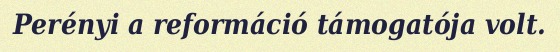
Perényi a reformáció támogatója volt.